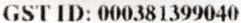
GST ID: 000381399040